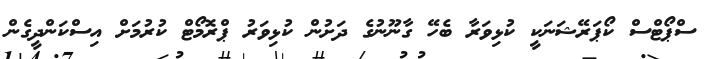
ސްޕޯޓްސް ކޯޕަރޭޝަނަކީ ކުޅިވަރާ ބެހޭ ގާނޫނުގެ ދަށުން ކުޅިވަރު ޕްރޮމޯޓް ކުރުމަށް އިސްކަންދީގެން